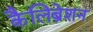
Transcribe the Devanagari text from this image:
कैलिब्रेशन